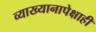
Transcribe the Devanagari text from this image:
व्याख्यानापेक्षाही